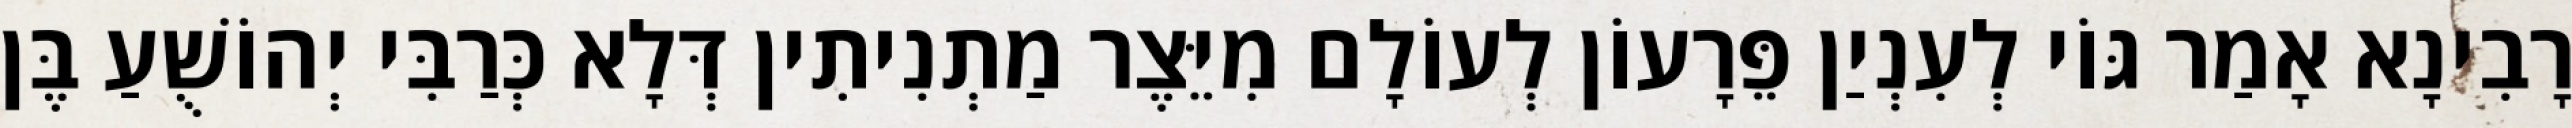
רָבִינָא אָמַר גּוֹי לְעִנְיַן פֵּרָעוֹן לְעוֹלָם מִיֵּצֶר מַתְנִיתִין דְּלָא כְּרַבִּי יְהוֹשֻׁעַ בֶּן